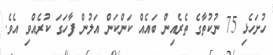
ހުށަހެޅި 75 ނުކުތާގެ ތެރެެއިން ބައެއް ކަންކަން އަލުން ފާހަގަ ކުރެއްވި އެވެ.